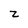
Character: z